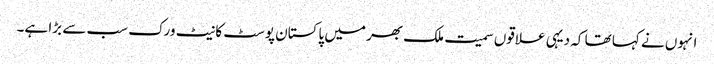
انہوں نے کہا تھا کہ دیہی علاقوں سمیت ملک بھر میں پاکستان پوسٹ کا نیٹ ورک سب سے بڑا ہے۔